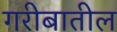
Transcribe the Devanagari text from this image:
गरीबातील